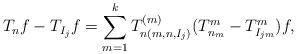
LaTeX: \begin{align*}T_n f - T_{I_{j}} f =\sum_{m=1}^k T_{n(m,n,I_{j})}^{(m)} (T_{n_{m}}^{m} - T_{I_{jm}}^{m}) f,\end{align*}